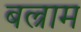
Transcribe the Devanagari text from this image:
बल्राम